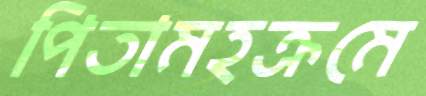
পিতামহক্রমে